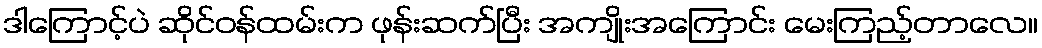
ဒါကြောင့်ပဲ ဆိုင်ဝန်ထမ်းက ဖုန်းဆက်ပြီး အကျိုးအကြောင်း မေးကြည့်တာလေ။